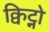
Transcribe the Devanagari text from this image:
क्विट्नो